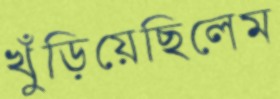
খুঁড়িয়েছিলেম